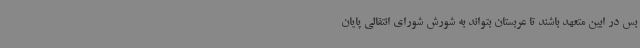
بس در ابین متعهد باشند تا عربستان بتواند به شورش شورای انتقالی پایان